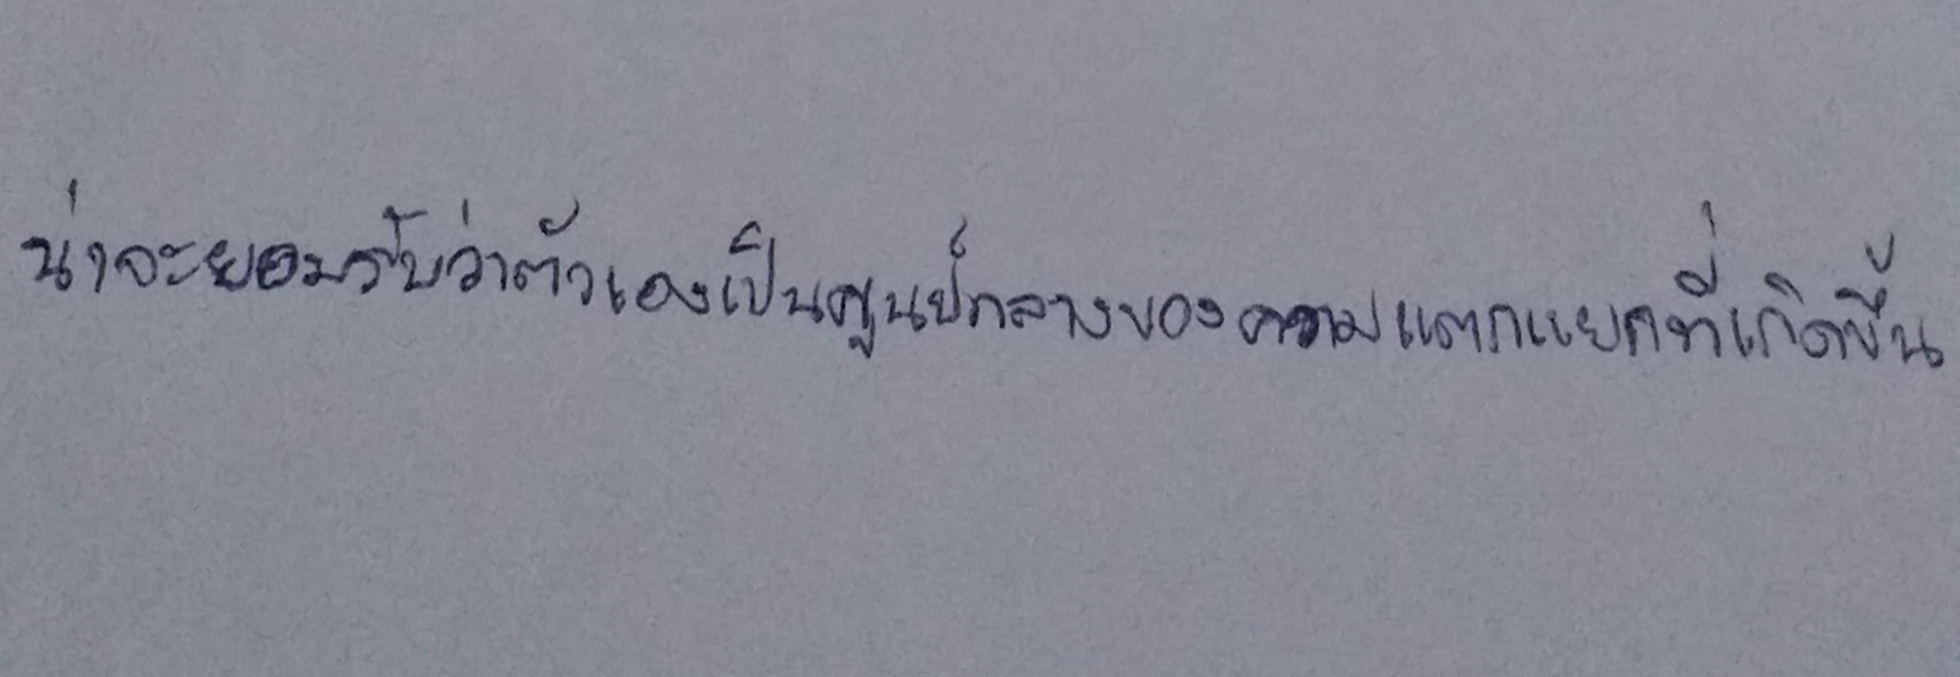
น่าจะยอมรับว่าตัวเองเป็นศูนย์กลางของความแตกแยกที่เกิดขึ้น